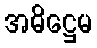
အဓိဋ္ဌေမ